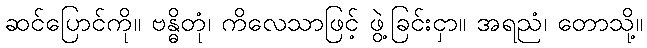
ဆင်ပြောင်ကို။ ဗန္ဓိတုံ၊ ကိလေသာဖြင့် ဖွဲ့ခြင်းငှာ။ အရညံ၊ တောသို့။